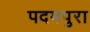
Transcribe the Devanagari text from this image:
पदमपुरा